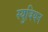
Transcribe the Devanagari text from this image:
स्युबियन